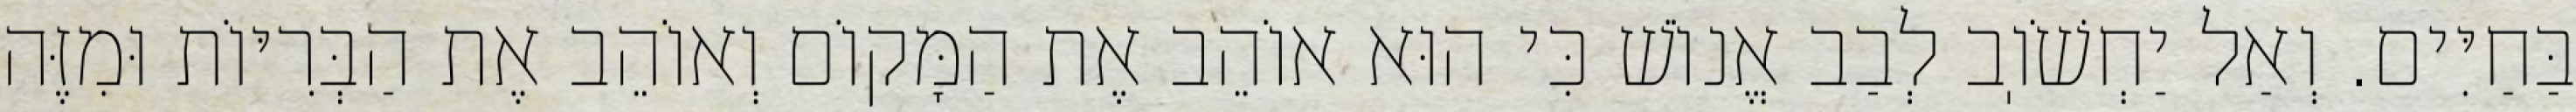
בַּחַיִּים. וְאַל יַחְשֹׁוֽב לְבַב אֱנוֹשׁ כִּי הוּא אוֹהֵב אֶת הַמָּקוֹם וְאוֹהֵב אֶת הַבְּרִיּוֹת וּמִזֶּה